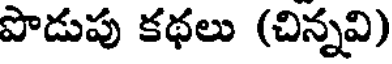
పొడుపు కథలు (చిన్నవి)